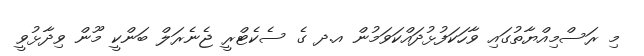
މި ރަސްމިއްޔާތުގައި ވާހަކަފުޅުދައްކަވަމުން އ.ދ ގެ ސެކެޓްރީ ޖެނެރަލް ބަންކީ މޫން ވިދާޅުވީ